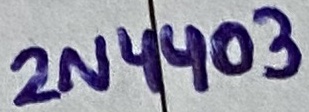
Text: 2N4403